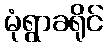
မုံရွာခရိုင်